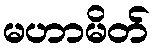
မဟာမိတ်